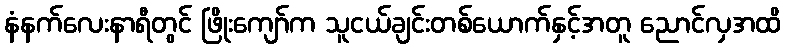
နံနက်လေးနာရီတွင် ဖြိုးကျော်က သူငယ်ချင်းတစ်ယောက်နှင့်အတူ ညောင်လှအထိ